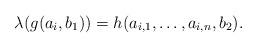
LaTeX: \begin{align*}\lambda(g(a_i,b_1))=h(a_{i,1},\dots,a_{i,n},b_2).\end{align*}